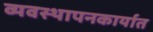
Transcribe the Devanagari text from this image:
व्यवस्थापनकार्यात